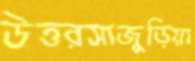
উত্তরসাজুড়িয়া